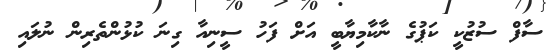
ސާފް ސުޒުކީ ކަޕުގެ ނާކާމިޔާބީ އަށް ފަހު ސީނިއާ ގިނަ ކުޅުންތެރިން ނުލައި